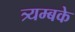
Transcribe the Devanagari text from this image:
त्र्यम्बके